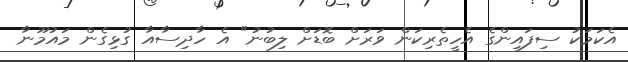
އެކަމަކު ސިފައިންގެ އެހީތެރިކަން ވަރަށް ބޮޑަށް ލިބުނު" އެ ހާދިސާއާ ގުޅިގެން މައުމޫނާ